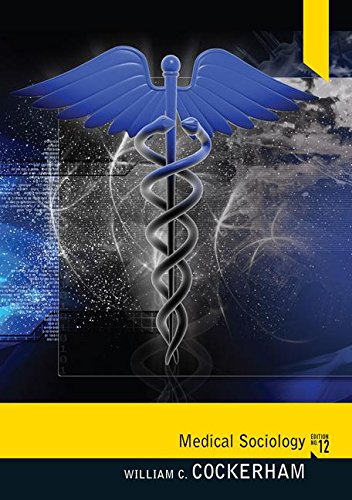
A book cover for Medical Sociology (12th Edition); William C. Cockerham; Politics & Social Sciences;